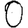
Digit: 0